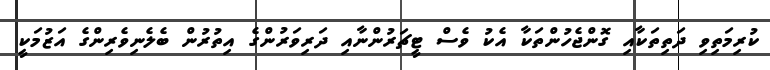
ކުރިމަތިވި ދަތިތަކާއި ގޮންޖެހުންތަކާ އެކު ވެސް ޓީޗަރުންނާއި ދަރިވަރުންގެ އިތުރުން ބެލެނިވެރިންގެ އަޒުމަކީ